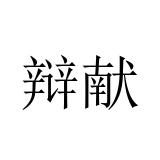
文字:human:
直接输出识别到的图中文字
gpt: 辩献